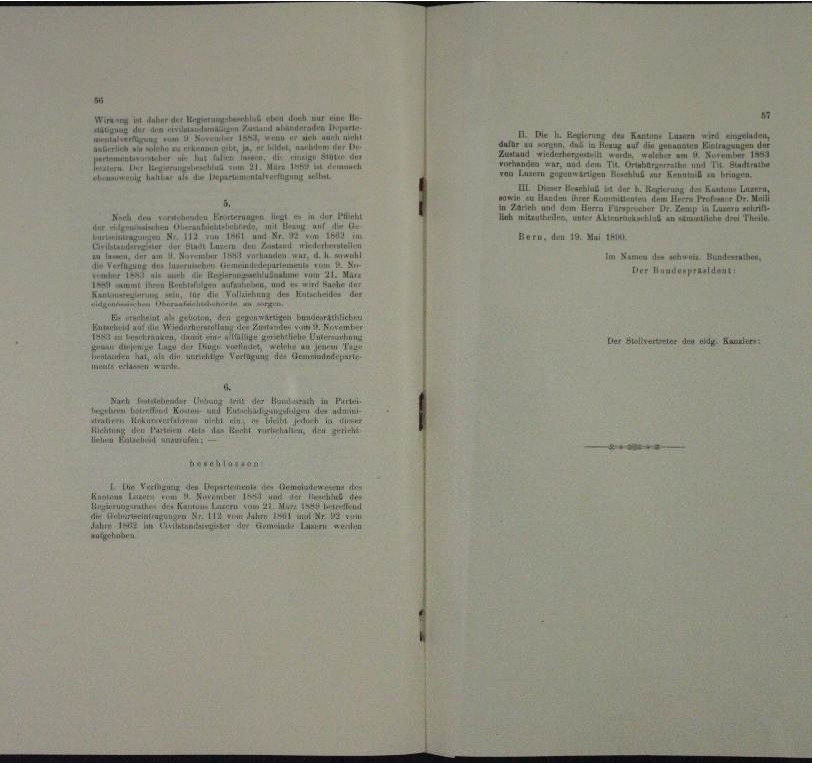
n
Wer der
n
eis der den

u
n
e

e
Herten in des
H der vaten
.

und
.
¬
dum
ind, und
n
 ein
 e n , d. M. vereit
u
  in
2
.

 . . . . .
in und
n

waren
n Bundesrath liebe
.
.

e
a

eng
u erlan

e

un den Kant
d. d. M. einer eine er
Infur
.
u
n

tlieb und der eine an der einen
An Lan
III Der A
i

  einen
u

Ber“, den 18. Mai 18

Der Anspranden

eer den K